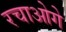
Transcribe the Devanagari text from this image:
रचाओगे